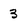
Character: 3